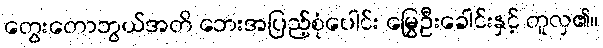
တွေးတောဘွယ်အတိ ဘေးအပြည့်စုံပေါင်း မြွေဦးခေါင်းနှင့် တူလှ၏။